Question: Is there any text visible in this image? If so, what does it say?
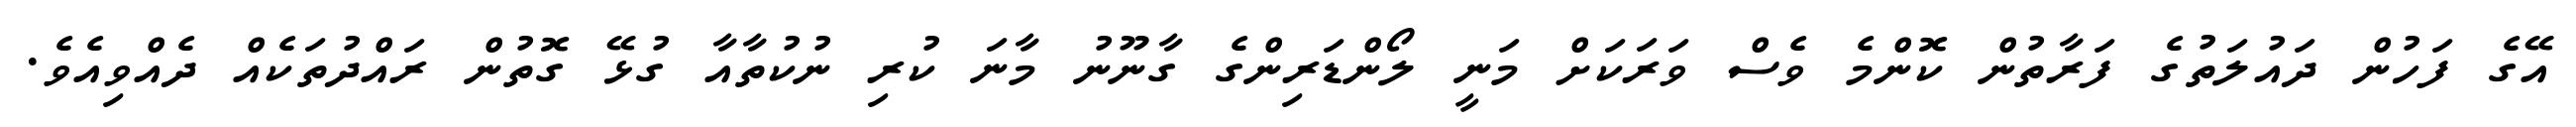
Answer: އޭގެ ފަހުން ދައުލަތުގެ ފަރާތުން ކޮންމެ ވެސް ވަރަކަށް މަނީ ލޯންޑަރިންގެ ގާނޫނު މާނަ ކުރި ނުކުތާއާ ގުޅޭ ގޮތުން ރައްދުތަކެއް ދެއްވިއެވެ.